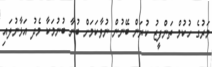
މަރުގެ ހުކުމް ތަންފީޒު ކުރަން ބޭނުން ނުވާކަމަށް ބުނާ ބުނުމަކާ މެދު އަޅާނުލައި